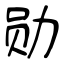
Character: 勋